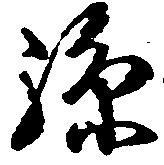
孫